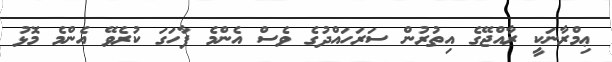
ޢިމްރާނަކީ ރާއްޖޭގެ އިތުރުން ސަރަހައްދުގެ ވެސް އެންމެ ފާހަގަ ކުރެވޭ އެންމެ މޮޅު